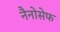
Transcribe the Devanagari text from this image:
नैनोसेफ